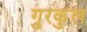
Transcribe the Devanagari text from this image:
गुरकुल